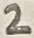
Text: 2